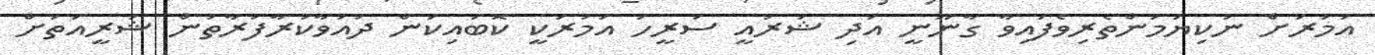
އަމުރަށް ނުކިޔަމަންތެރިވެފައިވާ ގާނޫނީ އަދި ޝަރުއީ ސަރީހަ އަމުރަކީ ކޮބައިކަން ދައުވާކުރާފަރާތުން ޝަރީއަތަށް